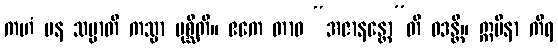
ကဟံ ပန သမ္မာတိ ကသ္မာ ပုစ္ဆီတိ။ ဧကေ တာဝ “အဇာနန္တော”တိ ဝဒန္တိ။ ဣမိနာ ကိရ